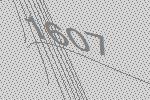
1607